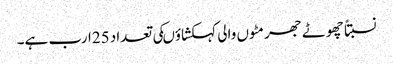
نسبتاً چھوٹے جھرمٹوں والی کہکشاؤںکی تعداد 25ارب ہے۔